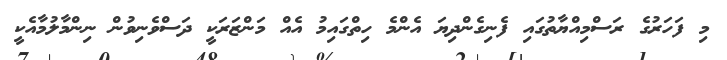
މި ފަހަރުގެ ރަސްމިއްޔާތުގައި ފެނިގެންދިޔަ އެންމެ ހިތްގައިމު އެއް މަންޒަރަކީ ދަސްވެނިވުން ނިންމާލުމާއެކީ